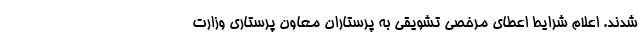
شدند. اعلام شرایط اعطای مرخصی تشویقی به پرستاران معاون پرستاری وزارت